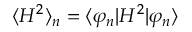
\langle H ^ { 2 } \rangle _ { n } = \langle \varphi _ { n } | H ^ { 2 } | \varphi _ { n } \rangle